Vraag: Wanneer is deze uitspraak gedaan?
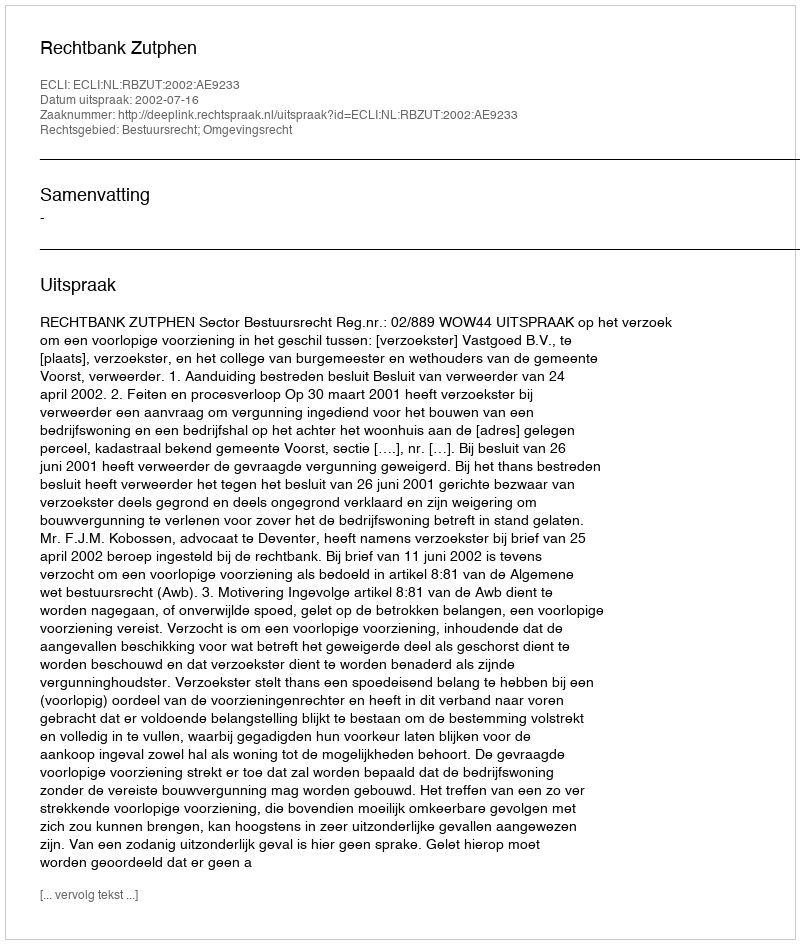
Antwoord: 2002-07-16